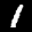
Label: 1